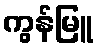
ကွန်မြူ